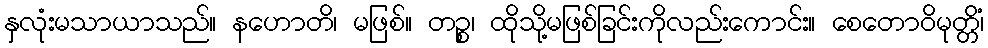
နှလုံးမသာယာသည်။ နဟောတိ၊ မဖြစ်။ တဉ္စ၊ ထိုသို့မဖြစ်ခြင်းကိုလည်းကောင်း။ စေတောဝိမုတ္တိံ၊